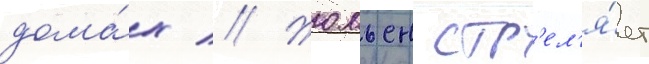
дома́х // Жюльен стр'ел'я́ет